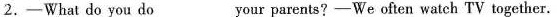
2.-What do you do your parents? -We often watch TV together.